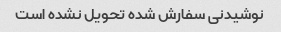
نوشیدنی سفارش شده تحویل نشده است